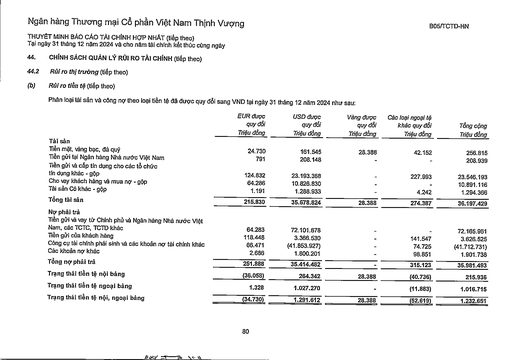
||EUR được quy đổi Triệu đồng|USD được quy đổi Triệu đồng|Vàng được quy đổi Triệu đồng|Các loại ngoại tệ khác quy đổi Triệu đồng|Tổng cộng Triệu đồng| |---|---|---|---|---|---| |Tài sản|||||| |Tiền mặt, vàng bạc, đá quý|24.730|161.545|28,388|42.152|256.815| |Tiền gửi tại Ngân hàng Nhà nước Việt Nam|791|208.148|-||208.939| |Tiền gửi và cấp tín dụng cho các tổ chức|||||| |tín dụng khác - gộp|124.832|23.193.368||227.993|23.546.193| |Cho vay khách hàng và mua nợ - gộp|64.286|10.826.830||-|10.891.116| |Tài sản Có khác - gộp|1.191|1.288.933|-|4.242|1.294.366| |Tổng tài sản|215.830|35.678.824|28.388|274.387|36.197.429| |Nợ phải trả|||||| |Tiền gửi và vay từ Chính phủ và Ngân hàng Nhà nước Việt|||||| |Nam, các TCTC, TCTD khác|64.283|72.101.678|-||72.165.961| |Tiền gửi của khách hàng|118.448|3.366.530|-|141.547|3.626.525| |Công cụ tài chính phái sinh và các khoản nợ tài chính khác|66.471|(41.853.927)|-|74.725|(41.712.731)| |Các khoản nợ khác|2.686|1.800.201||98.851|1.901.738| |Tổng nợ phải trả|251.888|35.414.482|-|315.123|35.981.493| |Trạng thái tiền tệ nội bảng|(36.058)|264.342|28.388|(40.736)|215.936| |Trạng thái tiền tệ ngoại bảng|1.328|1.027.270||(11.883)|1.016.715| |Trạng thái tiền tệ nội, ngoại bảng|(34.730)|1.291.612|28.388|(52.619)|1.232.651|